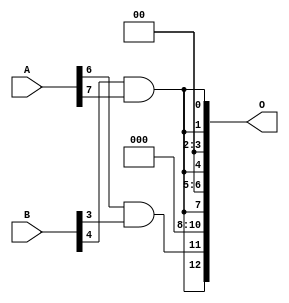
module mul8x5u_453 (
    A,
    B,
    O
);

input [7:0] A;
input [4:0] B;
output [12:0] O;

wire sig_114,sig_195;

assign sig_114 = A[6] & B[3];
assign sig_195 = B[4] & A[7];

assign O[12] = sig_195;
assign O[11] = sig_114;
assign O[10] = 1'b0;
assign O[9] = 1'b0;
assign O[8] = 1'b0;
assign O[7] = sig_195;
assign O[6] = 1'b0;
assign O[5] = 1'b0;
assign O[4] = sig_195;
assign O[3] = 1'b0;
assign O[2] = 1'b0;
assign O[1] = sig_195;
assign O[0] = sig_195;

endmodule